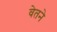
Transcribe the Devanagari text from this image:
वेतने